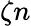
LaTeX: \zeta n